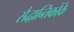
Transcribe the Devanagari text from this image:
सैद्धान्तिकोंके